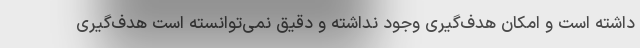
داشته است و امکان هدف‌گیری وجود نداشته و دقیق نمی‌توانسته است هدف‌گیری